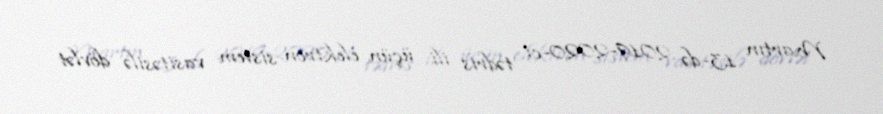
Martın 13-də 2019-2020-ci tədris ili üçün elektron sistem vasitəsilə dövlət